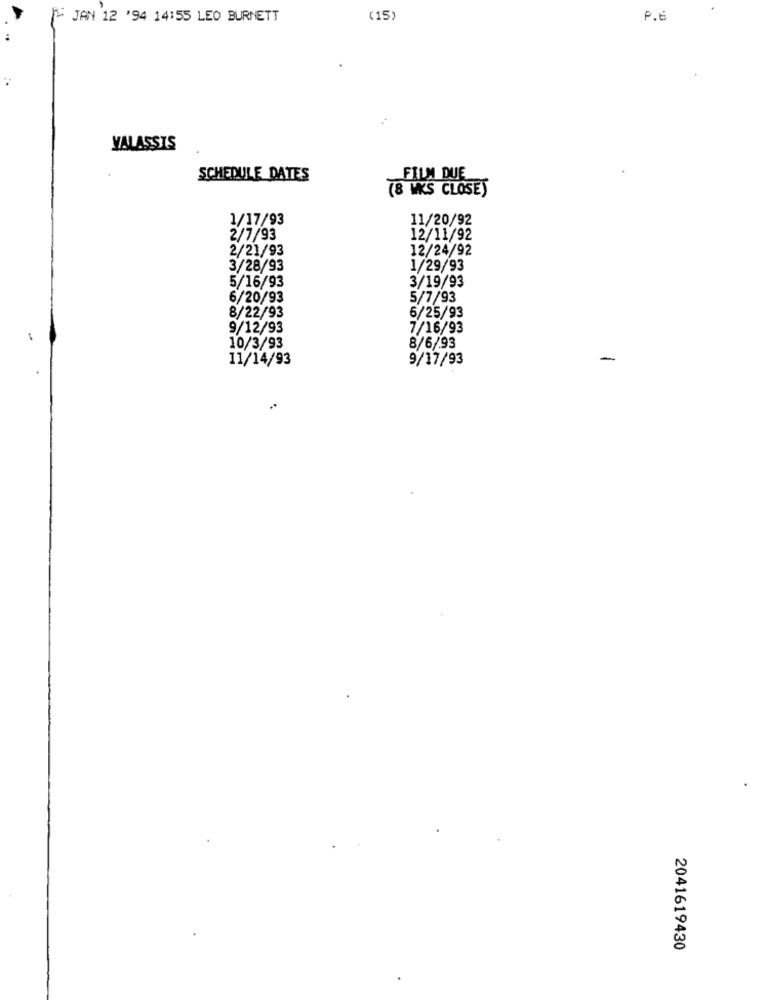
JAN 12 '94 14:55 LEO BURNETT
(15)
P.E
VALASSIS
SCHEDULE DATES
FILM DUE
(8 WKS CLOSE)
1/17/93
11/20/92
2/7/93
12/11/92
2/21/93
12/24/92
3/28/93
1/29/93
5/16/93
3/19/93
6/20/93
5/7/93
8/22/93
6/25/93
9/12/93
7/16/93
8/6/93
10/3/93
11/14/93
9/17/93
-
2041619430